Madras plague regulations in force outside the Presidency town - Volume 1
Disease focus: Plague
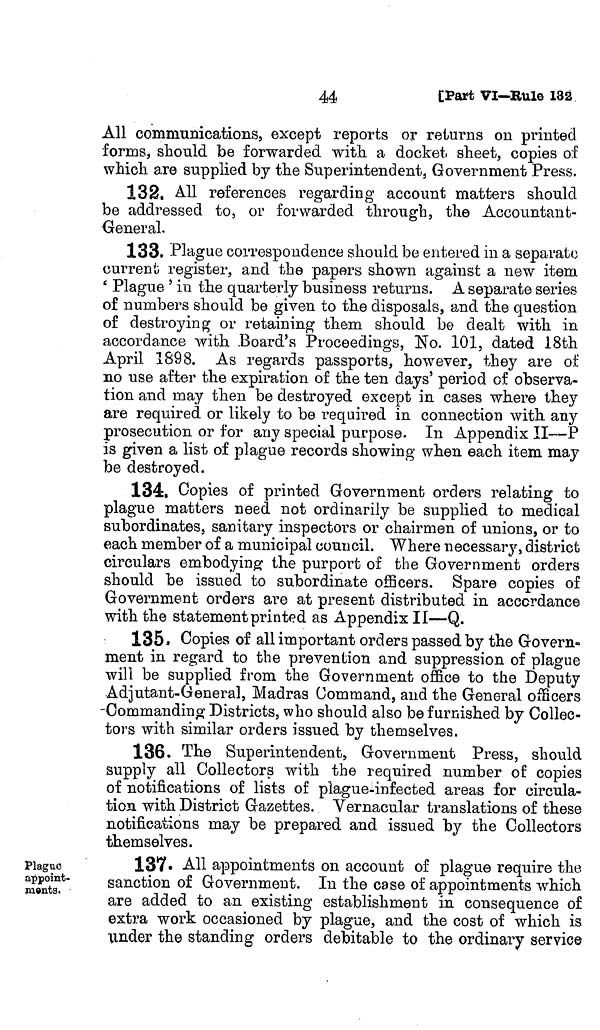
44
Part VI-Rule 132
All communications, except reports or returns on printed
forms, should be forwarded with a docket, sheet, copies of
which are supplied by the Superintendent, Government Press.
132. All references regarding account matters should
be addressed to, or forwarded through, the Accountant-
General.
133. Plague correspondence should be entered in a separate
current register, and the papers shown against a new item
' Plague ' in the quarterly business returns. A separate series
of numbers should be given to the disposals, and the question
of destroying or retaining them should be dealt with in
accordance with Board's Proceedings, 'No. 101, dated 18th
April 1898. As regards passports, however, they are of
no use after the expiration of the ten days' period of observa-
tion and may then be destroyed except in cases where they
are required or likely to be required in connection with any
prosecution or for any special purpose. In Appendix II—P
is given a list of plague records showing when each item may
be destroyed.
134, Copies of printed Government orders relating to
plague matters need not ordinarily be supplied to medical
subordinates, sanitary inspectors or chairmen of unions, or to
each member of a municipal council. Where necessary, district
circulars embodying the purport of the Government orders
should be issued to subordinate officers. Spare copies of
Government orders are at present distributed in accordance
with the statement printed as Appendix II—Q.
135. Copies of all important orders passed by the Govern»
ment in regard to the prevention and suppression of plague
will be supplied from the Government office to the Deputy
Adjutant-General, Madras Command, and the General officers
-Commanding Districts, who should also be furnished by Collec-
tors with similar orders issued by themselves.
136. The Superintendent, Government Press, should
supply all Collectors with the required number of copies
of notifications of lists of piague-infected areas for circula-
tion with District Gazettes. Yernacular translations of these
notifications may be prepared and issued by the Collectors
themselves.
Plaguo
appoint-
ments.
137. All appointments on account of plague require the
sanction of Government. In the case of appointments which
are added to an existing establishment in consequence of
extra work occasioned by plague, and the cost of which is
under the standing orders debitable to the ordinary service